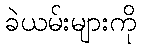
ခဲယမ်းများကို